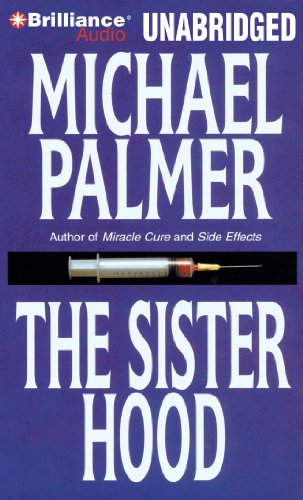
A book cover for The Sisterhood; Michael Palmer; Mystery, Thriller & Suspense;